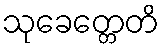
သုခေတ္တေတိ